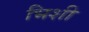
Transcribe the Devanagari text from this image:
भिशी